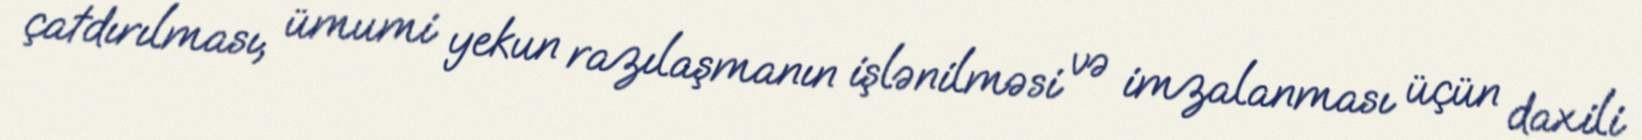
çatdırılması, ümumi yekun razılaşmanın işlənilməsi və imzalanması üçün daxili